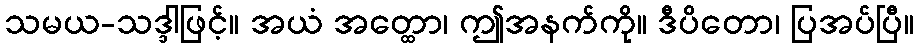
သမယ-သဒ္ဒါဖြင့်။ အယံ အတ္ထော၊ ဤအနက်ကို။ ဒီပိတော၊ ပြအပ်ပြီ။